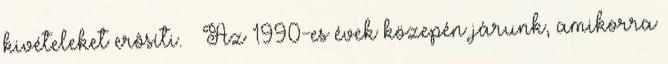
kivételeket erôsíti. — Az 1990-es évek közepén járunk, amikorra